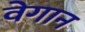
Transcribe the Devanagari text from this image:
वेगान